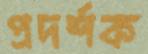
প্রদর্শক